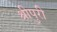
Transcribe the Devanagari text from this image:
श्रीपुरी